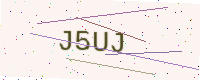
Text: J5UJ